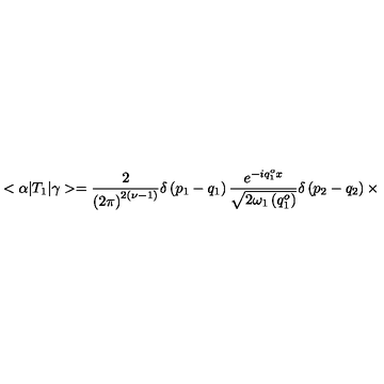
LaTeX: < \alpha | T _ { 1 } | \gamma > = \frac { 2 } { \left( 2 \pi \right) ^ { 2 \left( \nu - 1 \right) } } \delta \left( p _ { 1 } - q _ { 1 } \right) \frac { e ^ { - i q _ { 1 } ^ { o } x } } { \sqrt { 2 { \omega } _ { 1 } \left( q _ { 1 } ^ { o } \right) } } \delta \left( p _ { 2 } - q _ { 2 } \right) \times